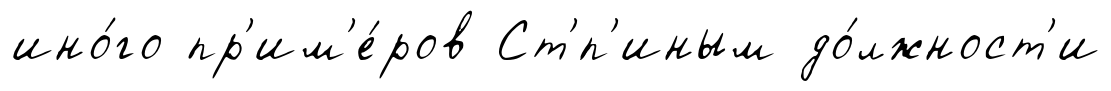
ино́го пр'им'е́ров Ст'́п'иным до́лжност'и